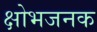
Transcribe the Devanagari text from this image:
क्षोभजनक